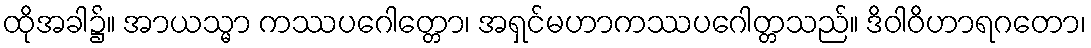
ထိုအခါ၌။ အာယသ္မာ ကဿပဂေါတ္တော၊ အရှင်မဟာကဿပဂေါတ္တသည်။ ဒိဝါဝိဟာရဂတော၊